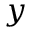
y